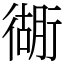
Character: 衚